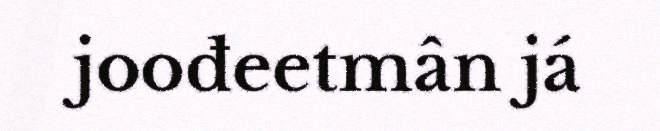
joođeetmân já